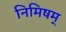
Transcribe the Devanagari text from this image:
निमिषम्